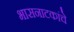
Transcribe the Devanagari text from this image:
भासनाटकांचे